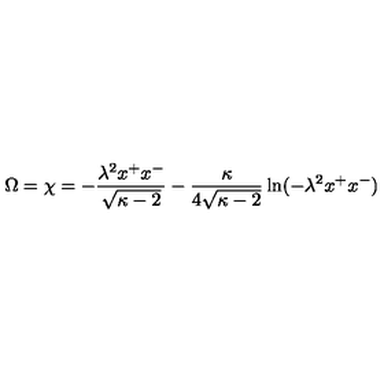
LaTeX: \Omega = \chi = - \frac { \lambda ^ { 2 } x ^ { + } x ^ { - } } { \sqrt { \kappa - 2 } } - \frac { \kappa } { 4 \sqrt { \kappa - 2 } } \ln ( - \lambda ^ { 2 } x ^ { + } x ^ { - } )